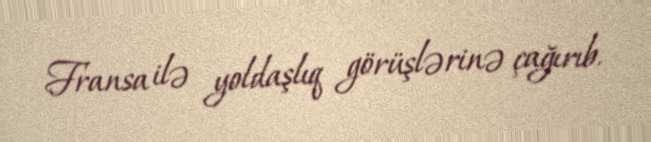
Fransa ilə yoldaşlıq görüşlərinə çağırıb.